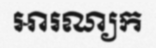
អារណ្យក